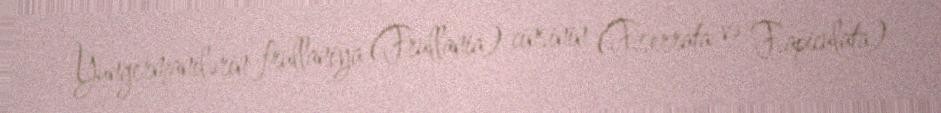
Yungermanilərin frullaniya (Frullania) cinsinin (F.serrata və F.apiculata)